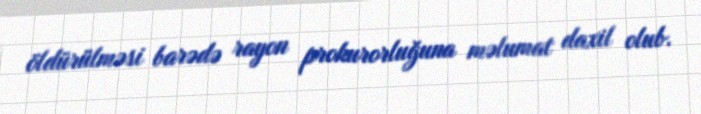
öldürülməsi barədə rayon prokurorluğuna məlumat daxil olub.